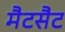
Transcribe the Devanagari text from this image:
मैटसैट